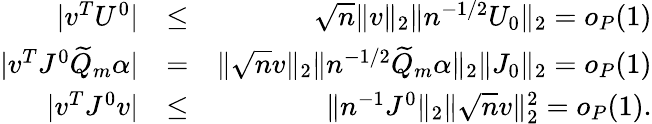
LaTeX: \begin{array}{rlr}{|v^{T}U^{0}|}&{\leq}&{\sqrt{n}\| v\| _{2}\| n^{-1/2}U_{0}\| _{2}=o_{P}(1)}\\ {|v^{T}J^{0}\widetilde{Q}_{m}\alpha|}&{=}&{\| \sqrt{n}v\| _{2}\| n^{-1/2}\widetilde{Q}_{m}\alpha\| _{2}\| J_{0}\| _{2}=o_{P}(1)}\\ {|v^{T}J^{0}v|}&{\leq}&{\| n^{-1}J^{0}\| _{2}\| \sqrt{n}v\| _{2}^{2}=o_{P}(1).}\end{array}